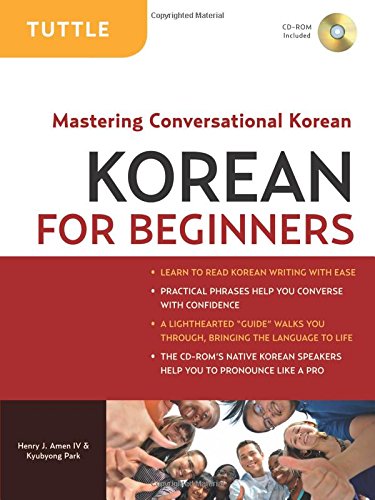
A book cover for Korean for Beginners: Mastering Conversational Korean (CD-ROM Included); Henry J. Amen IV; Reference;